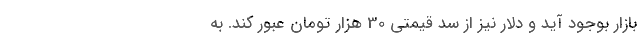
بازار بوجود آید و دلار نیز از سد قیمتی 30 هزار تومان عبور کند. به